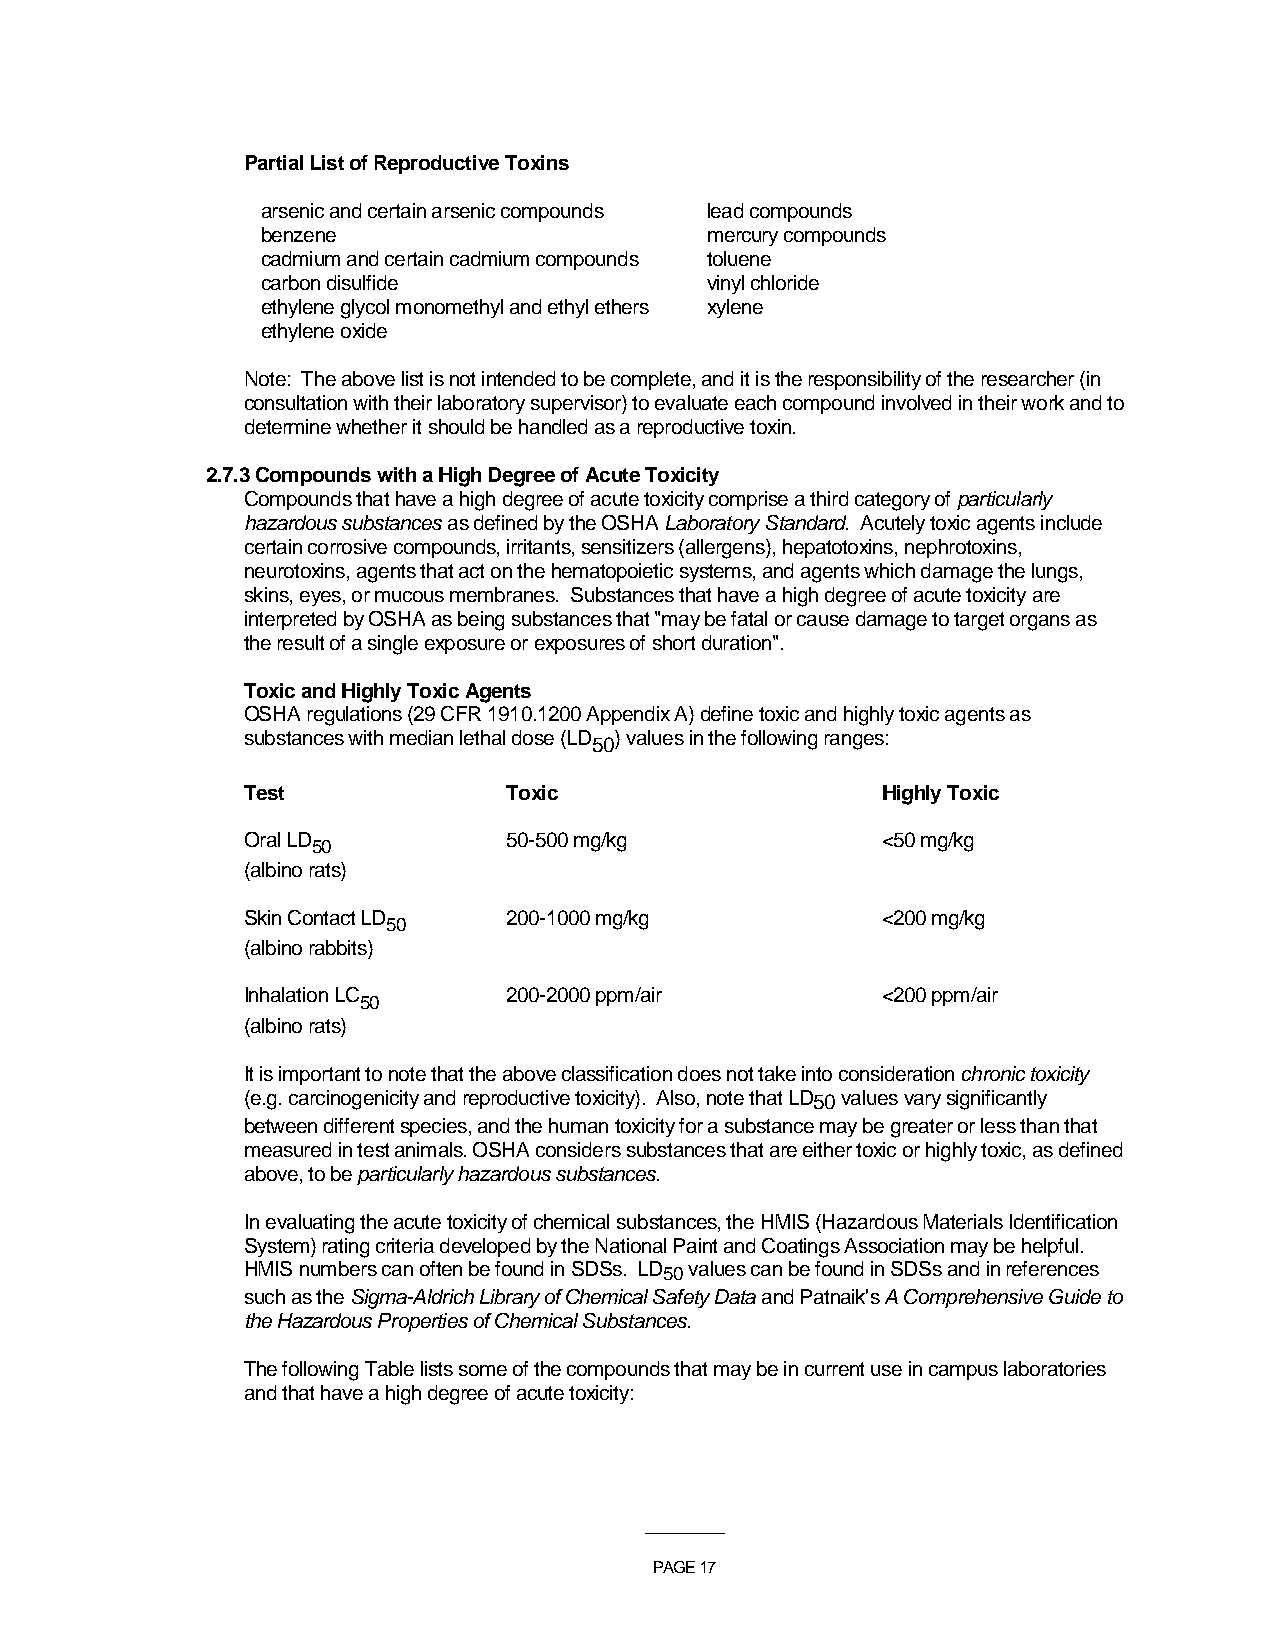
Partial List of Reproductive Toxins
 arsenic and certain arsenic compounds lead compounds
 benzene                       mercury compounds
 cadmium and certain cadmium compounds toluene
 carbon disulfide              vinyl chloride
 ethylene glycol monomethyl and ethyl ethers xylene
 ethylene oxide
 Note: The above list is not intended to be complete, and it is the responsibility of the researcher (in
 consultation with their laboratory supervisor) to evaluate each compound involved in their work and to
 determine whether it should be handled as a reproductive toxin.
 2.7.3 Compounds with a High Degree of Acute Toxicity
 Compounds that have a high degree of acute toxicity comprise a third category of particularly
 hazardous substances as defined by the OSHA Laboratory Standard. Acutely toxic agents include
 certain corrosive compounds, irritants, sensitizers (allergens), hepatotoxins, nephrotoxins,
 neurotoxins, agents that act on the hematopoietic systems, and agents which damage the lungs,
 skins, eyes, or mucous membranes. Substances that have a high degree of acute toxicity are
 interpreted by OSHA as being substances that "may be fatal or cause damage to target organs as
 the result of a single exposure or exposures of short duration".
 Toxic and Highly Toxic Agents
 OSHA regulations (29 CFR 1910.1200 Appendix A) define toxic and highly toxic agents as
 substances with median lethal dose (LD ) values in the following ranges:
 50
 Test              Toxic                   Highly Toxic
 Oral LD           50-500 mg/kg            <50 mg/kg
 50
 (albino rats)
 Skin Contact LD
 50
 200-1000 mg/kg          <200 mg/kg
 (albino rabbits)
 Inhalation LC     200-2000 ppm/air        <200 ppm/air
 50
 (albino rats)
 It is important to note that the above classification does not take into consideration chronic toxicity
 (e.g. carcinogenicity and reproductive toxicity). Also, note that LD50 values vary significantly
 between different species, and the human toxicity for a substance may be greater or less than that
 measured in test animals. OSHA considers substances that are either toxic or highly toxic, as defined
 above, to be particularly hazardous substances.
 In evaluating the acute toxicity of chemical substances, the HMIS (Hazardous Materials Identification
 System) rating criteria developed by the National Paint and Coatings Association may be helpful.
 HMIS numbers can often be found in SDSs. LD50 values can be found in SDSs and in references
 such as the Sigma-Aldrich Library of Chemical Safety Data and Patnaik's A Comprehensive Guide to
 the Hazardous Properties of Chemical Substances.
 The following Table lists some of the compounds that may be in current use in campus laboratories
 and that have a high degree of acute toxicity:
 ___________
 PAGE 17